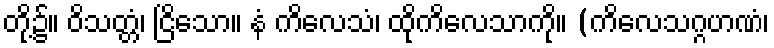
တို့၌။ ဝိသတ္တံ၊ ငြိသော။ နံ ကိလေသံ၊ ထိုကိလေသာကို။ (ကိလေသဂ္ဂဟဏံ၊